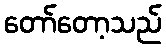
တော်တော့သည်